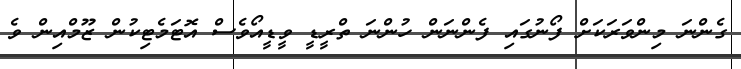
ގެންނަ މިންވަރަކަށް ފޯނުގައި ފެންނަން ހުންނަ ތްރީޑީ ވީޑީއޯވެސް އޮޓަމެޓިކުން ޒޫމްއިން ވެ